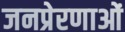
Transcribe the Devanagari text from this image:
जनप्रेरणाओं